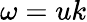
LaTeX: \omega=uk